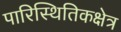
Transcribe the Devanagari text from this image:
पारिस्थितिकक्षेत्र